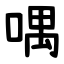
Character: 喁